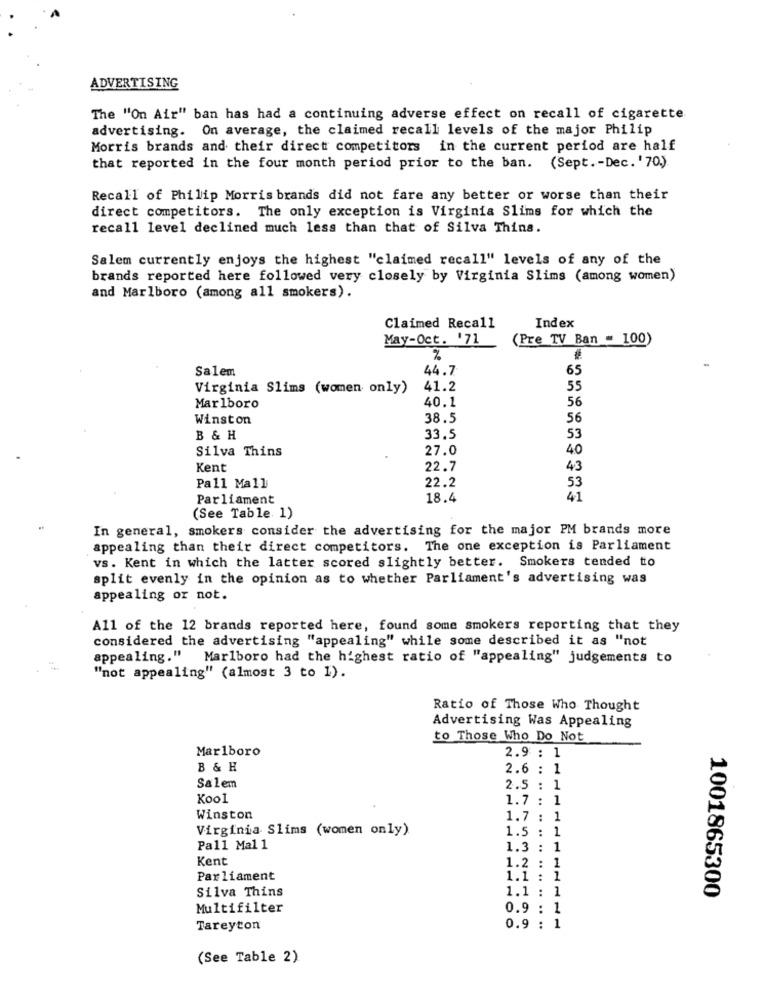
ADVERTISING
The "On Air" ban has had a continuing adverse effect on recall of cigarette
advertising. On average, the claimed recall levels of the major Philip
Morris brands and their direct competitors in the current period are half
that reported in the four month period prior to the ban. (Sept. - Dec. '70.).
Recall of Philip Morris brands did not fare any better or worse than their
direct competitors. The only exception is Virginia Slims for which the
recall level declined much less than that of Silva Thins.
Salem currently enjoys the highest "claimed recall" levels of any of the
brands reported here followed very closely by Virginia Slims (among women)
and Marlboro (among all smokers).
Claimed Recall
Index
May-Oct. '71
(Pre TV Ban = 100)
%
Salem
44.7
65
Virginia Slims (women only)
41.2
55
40.1
Marlboro
56
Winston
38.5
56
B & H
33.5
53
Silva Thins
27.0
40
Kent
22.7
43
22.2
Pall Mall
53
Parliament
18.4
41
(See Table 1)
In general, smokers consider the advertising for the major PM brands more
appealing than their direct competitors. The one exception is Parliament
vs. Kent in which the latter scored slightly better. Smokers tended to
split evenly in the opinion as to whether Parliament's advertising was
appealing or not.
All of the 12 brands reported here, found some smokers reporting that they
considered the advertising "appealing" while some described it as "not
appealing." Marlboro had the highest ratio of "appealing" judgements to
"not appealing" (almost 3 to 1).
Ratio of Those Who Thought
Advertising Was Appealing
to Those Who Do Not
Marlboro
2.9 : 1
B & H
2.6 : 1
Salem
2.5 : 1
Kool
1.7 : 1
Winston
1.7 : 1
Virginia Slims (women only)
1.5 : 1
Pall Mal 1
1.3 : 1
Kent
1.2 :
1
Parliament
1.1 :
1
Silva Thins
1.1 : 1
1001865300
Multifilter
0.9 : 1
Tareyton
0.9 : 1
(See Table 2)